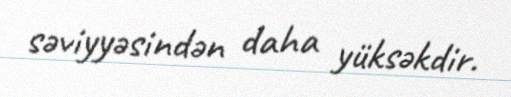
səviyyəsindən daha yüksəkdir.